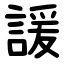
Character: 諼